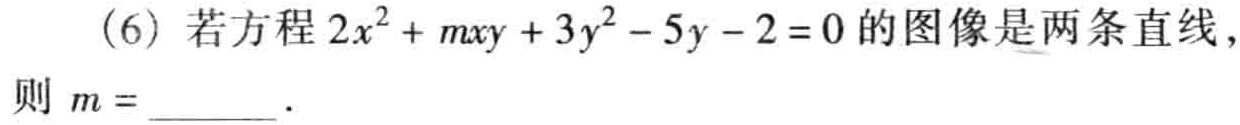
(6) 若方程 \(2x^{2}+mxy + 3y^{2}-5y - 2 = 0\) 的图像是两条直线，则 \(m =\)  ．